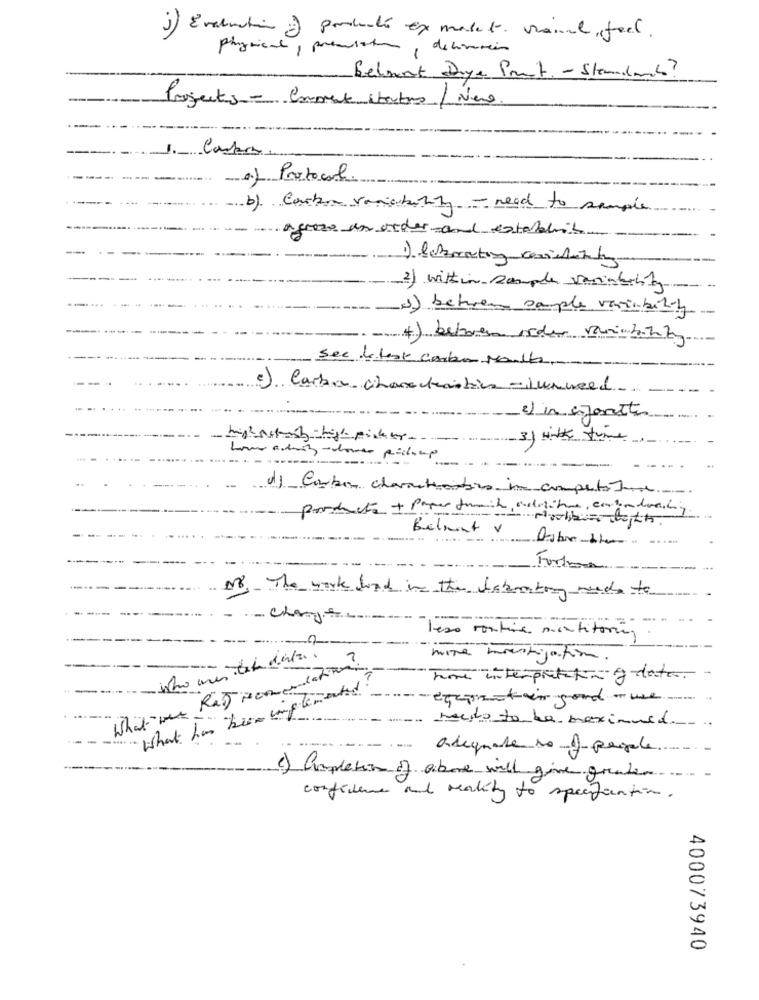
1) Evaluation of products ex malet val tech.
pigment, premiato, delivercon
Belmont Drye Pret - Standard?
Projects- Enprat Startas / Nero
a) Protocol
b) Carte variability - need to sample
agroze in order and estebbit
2) within sample variability
(1) betwee sample variability
4) between order viability
Sec debook corto Molte-
c) Carba characteristics- junweed.
3) in enfantto
3) UNK tume
home andit- dower picking
d) Carbon characters in competitie
producto + Paper trail, aolite, calendarity
Belmont v Asbethe
--
Fortuna-
N8, The work food in the laboratory weds to
Charge
---
"Teso routine mentitoring.
2
- tak data.
mine unetigation
What was Raj recomendation
Time interpretation of date
"What has been implemented?
equin-toi good we
needs to be meximuld
-
adequate no A people
c) Capleton of above will give graden .....
confidence and reality to specification.
400073940